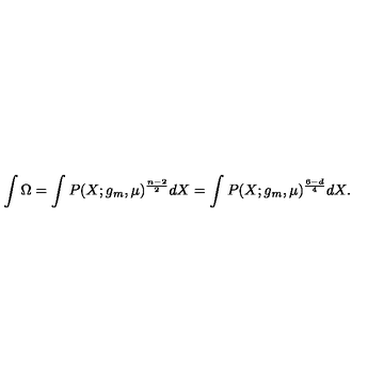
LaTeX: \int \Omega = \int P ( X ; g _ { m } , \mu ) ^ { \frac { n - 2 } { 2 } } d X = \int P ( X ; g _ { m } , \mu ) ^ { \frac { 6 - d } { 4 } } d X .